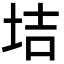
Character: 𡋥